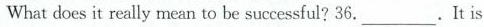
What does it really mean to be successful? 36._________.It is